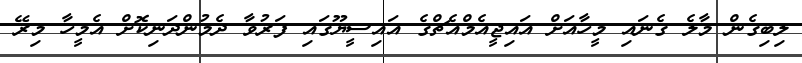
ލިބިގެން މާލެ ގެނައި މީހާއަށް އައިޖީއެމްއެޗްގެ އައިސީޔޫގައި ފަރުވާ ދެމުންދަނިކޮށް އެމީހާ މިރޭ